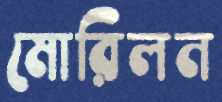
মোরিলন